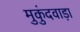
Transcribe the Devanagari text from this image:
मुकुंदवाड़ा